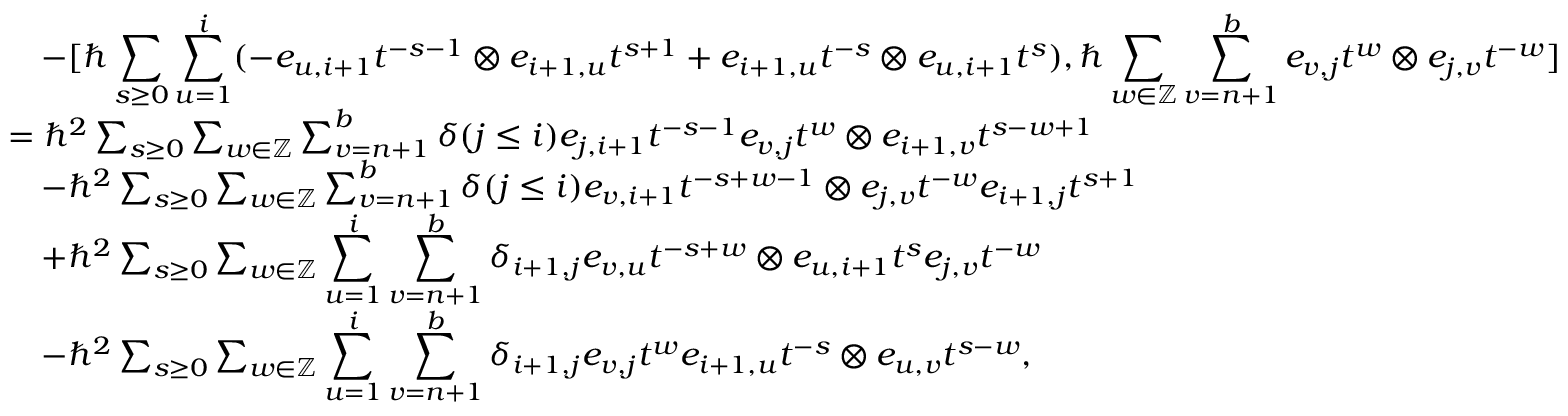
\begin{array} { r l } & { \quad - [ \hbar \displaystyle \sum _ { s \geq 0 } \displaystyle \sum _ { u = 1 } ^ { i } ( - e _ { u , i + 1 } t ^ { - s - 1 } \otimes e _ { i + 1 , u } t ^ { s + 1 } + e _ { i + 1 , u } t ^ { - s } \otimes e _ { u , i + 1 } t ^ { s } ) , \hbar \sum _ { w \in \mathbb { Z } } \sum _ { v = n + 1 } ^ { b } e _ { v , j } t ^ { w } \otimes e _ { j , v } t ^ { - w } ] } \\ & { = \hbar ^ { 2 } \sum _ { s \geq 0 } \sum _ { w \in \mathbb { Z } } \sum _ { v = n + 1 } ^ { b } \delta ( j \leq i ) e _ { j , i + 1 } t ^ { - s - 1 } e _ { v , j } t ^ { w } \otimes e _ { i + 1 , v } t ^ { s - w + 1 } } \\ & { \quad - \hbar ^ { 2 } \sum _ { s \geq 0 } \sum _ { w \in \mathbb { Z } } \sum _ { v = n + 1 } ^ { b } \delta ( j \leq i ) e _ { v , i + 1 } t ^ { - s + w - 1 } \otimes e _ { j , v } t ^ { - w } e _ { i + 1 , j } t ^ { s + 1 } } \\ & { \quad + \hbar ^ { 2 } \sum _ { s \geq 0 } \sum _ { w \in \mathbb { Z } } \displaystyle \sum _ { u = 1 } ^ { i } \sum _ { v = n + 1 } ^ { b } \delta _ { i + 1 , j } e _ { v , u } t ^ { - s + w } \otimes e _ { u , i + 1 } t ^ { s } e _ { j , v } t ^ { - w } } \\ & { \quad - \hbar ^ { 2 } \sum _ { s \geq 0 } \sum _ { w \in \mathbb { Z } } \displaystyle \sum _ { u = 1 } ^ { i } \sum _ { v = n + 1 } ^ { b } \delta _ { i + 1 , j } e _ { v , j } t ^ { w } e _ { i + 1 , u } t ^ { - s } \otimes e _ { u , v } t ^ { s - w } , } \end{array}